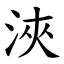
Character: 浹